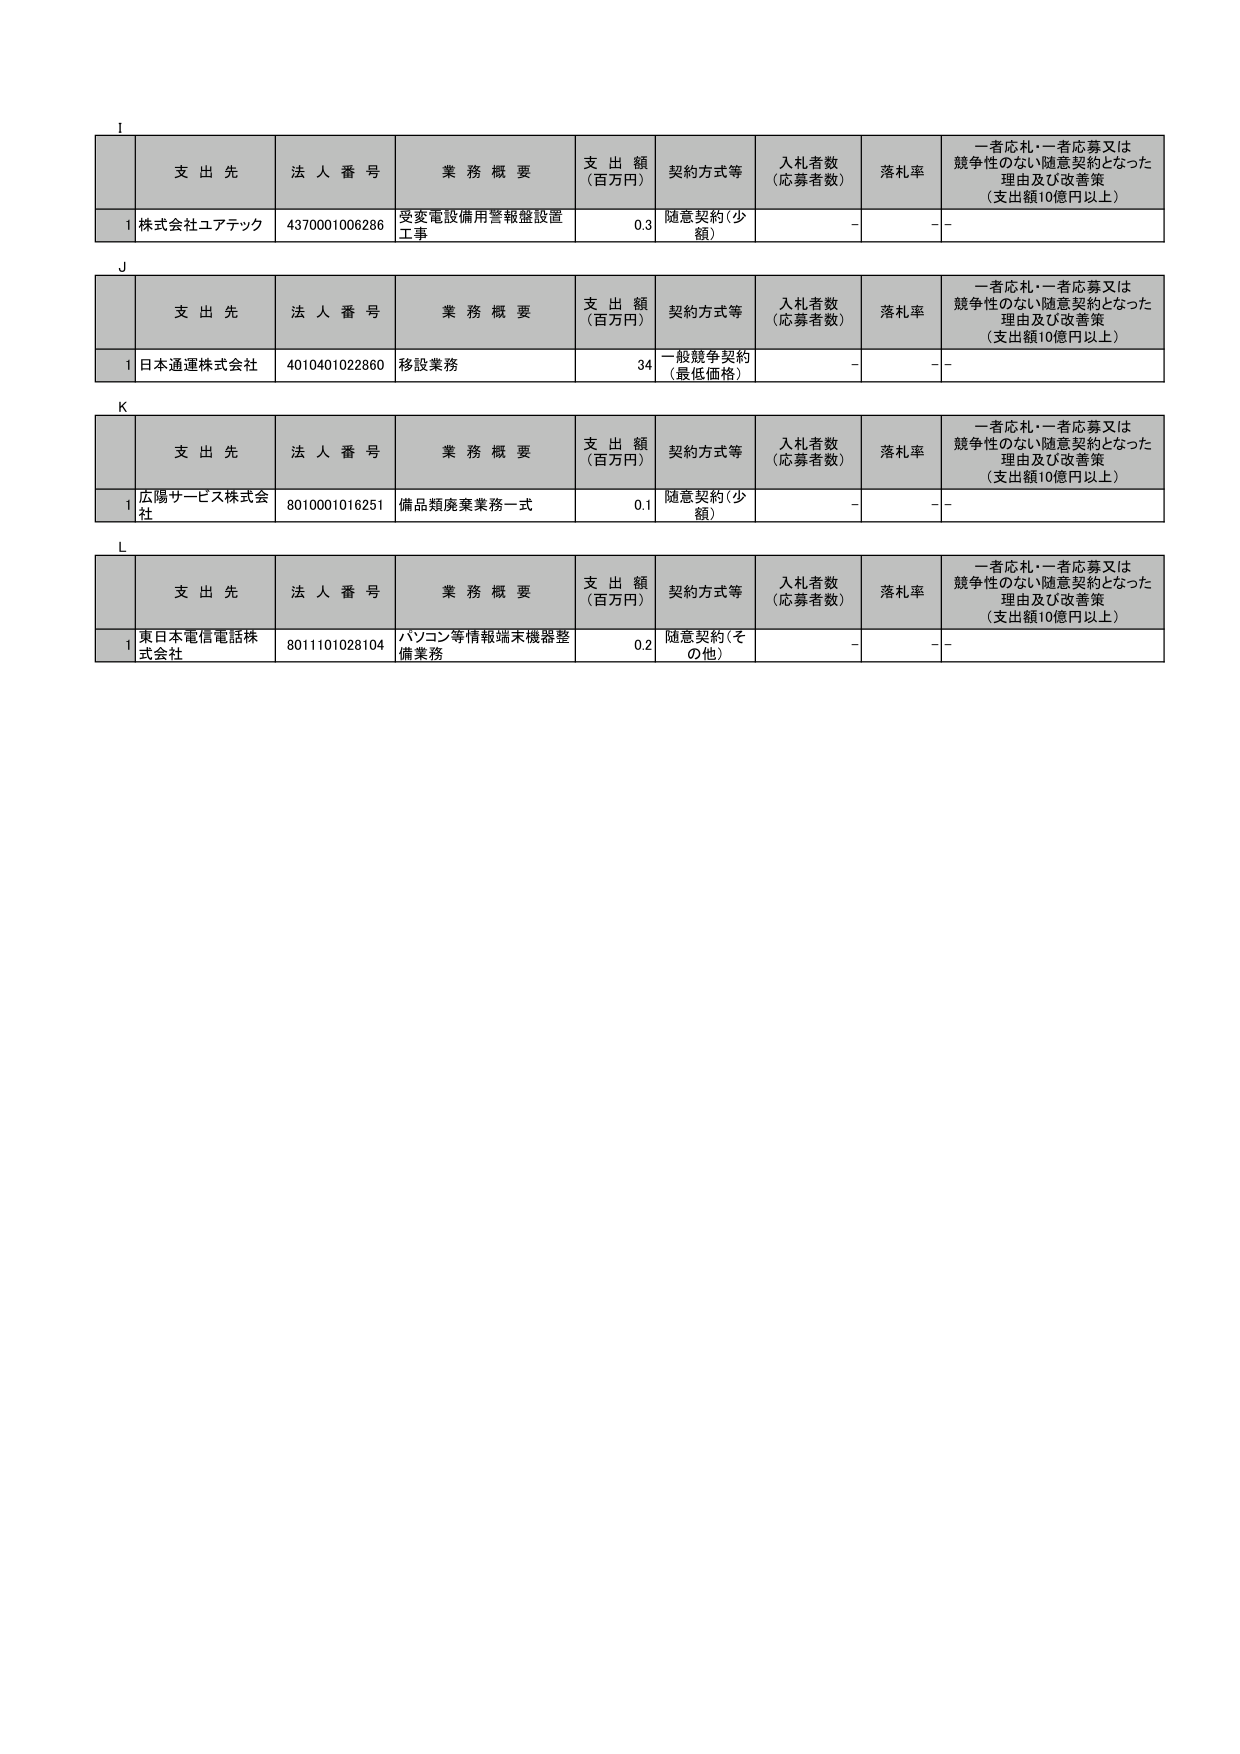
I
支 出 先
法 人 番 号
業 務 概 要
支 出 額
(百万円)
契約方式等
入札者数
(応募者数)
落札率
一者応札・一者応募又は
競争性のない随意契約となった
理由及び改善策
(支出額10億円以上)
1
株式会社ユアテック
4370001006286
受変電設備用警報盤設置
工事
0.3
随意契約(少
額)
-
-
J
支 出 先
法 人 番 号
業 務 概 要
支 出 額
(百万円)
契約方式等
入札者数
(応募者数)
落札率
一者応札・一者応募又は
競争性のない随意契約となった
理由及び改善策
(支出額10億円以上)
1
日本通運株式会社
4010401022860
移設業務
34
一般競争契約
(最低価格)
-
-
K
支 出 先
法 人 番 号
業 務 概 要
支 出 額
(百万円)
契約方式等
入札者数
(応募者数)
落札率
一者応札・一者応募又は
競争性のない随意契約となった
理由及び改善策
(支出額10億円以上)
1
広陽サービス株式会
社
8010001016251
備品類廃棄業務一式
0.1
随意契約(少
額)
-
-
L
支 出 先
法 人 番 号
業 務 概 要
支 出 額
(百万円)
契約方式等
入札者数
(応募者数)
落札率
一者応札・一者応募又は
競争性のない随意契約となった
理由及び改善策
(支出額10億円以上)
1
東日本電信電話株
式会社
8011101028104
パソコン等情報端末機器整
備業務
0.2
随意契約(そ
の他)
-
-